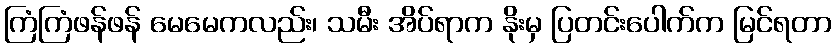
ကြံကြံဖန်ဖန် မေမေကလည်း၊ သမီး အိပ်ရာက နိုးမှ ပြတင်းပေါက်က မြင်ရတာ